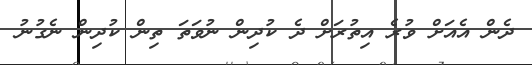
ދެން އެއަށް ވުރެ އިތުރަށް ދެ ކުދިން ނުވަތަ ތިން ކުދިން ނެގުނު